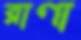
রাণা